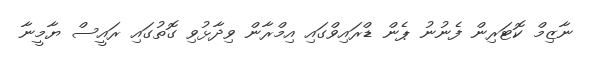
ނާޒިމް ކޮޓަރިން ފެނުނު ޕެން ޑްރައިވްގައި އިމްރާން ވިދާޅުވި ގޮތުގައި ރައީސް ޔާމީނާ